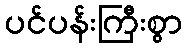
ပင်ပန်းကြီးစွာ